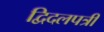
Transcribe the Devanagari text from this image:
द्विदलपत्री